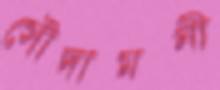
সৌদামনী